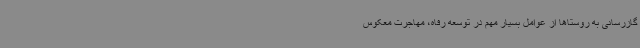
گازرسانی به روستاها از عوامل بسیار مهم در توسعه رفاه، مهاجرت معکوس